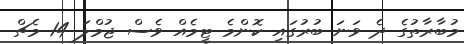
މުބާރާތުގެ ދެ ވަނަ ބުރުގައި ކޮންމެ ޓީމެއް ވެސް ޖުމްލަ 14 މެޗް